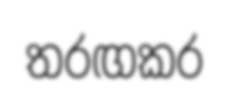
තරඟකර